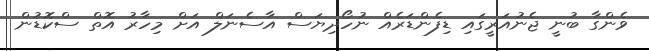
ވެންގާ ބުނީ ޖެނުއަރީގައި ޑިފެންޑަރެއް ނުހޯދިޔަސް އާސެނަލް އަށް މިހާރު އޮތް ސްކޮޑުން